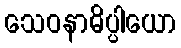
သေဝနာဓိပ္ပါယော